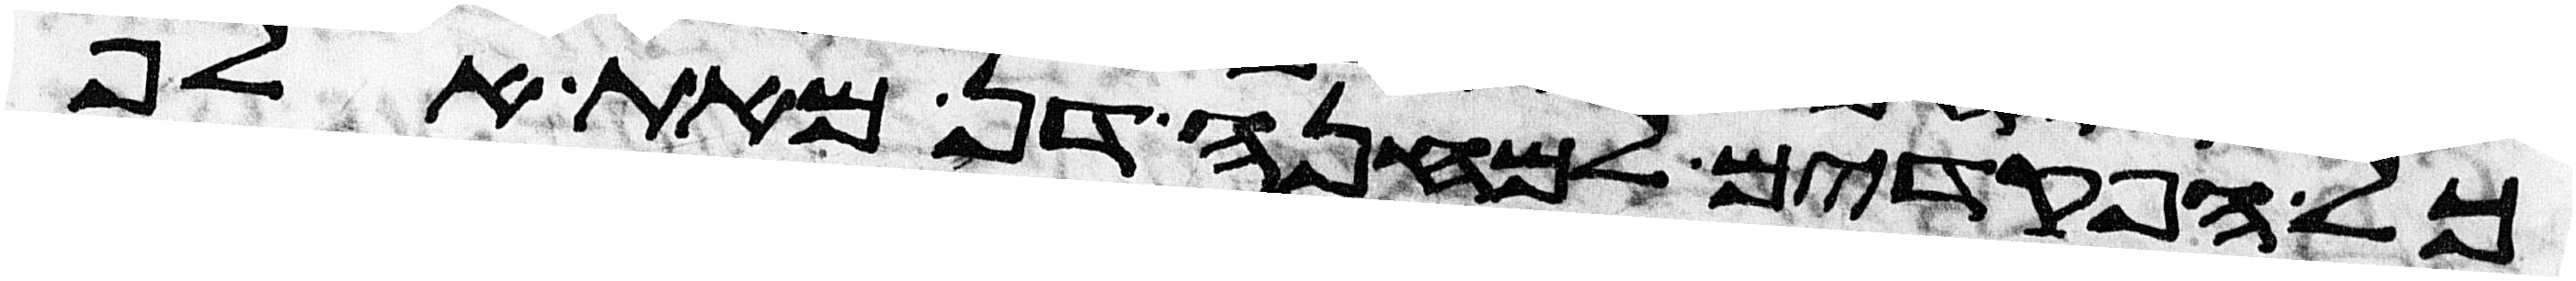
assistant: כל הפקדים למחנה דן מאת אלף